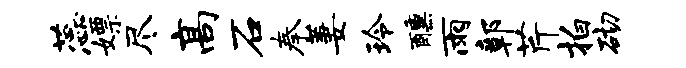
蕊嫖尽高石奉萋玲醺雨鄣芹拍砌